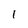
Character: 1